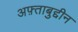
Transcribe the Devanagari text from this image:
अफ़्ताबुद्दीन